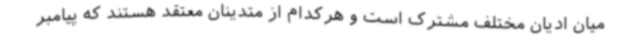
میان ادیان مختلف مشترک است و هرکدام از متدینان معتقد هستند که پیامبر